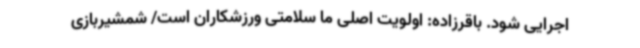
اجرایی شود. باقرزاده: اولویت اصلی ما سلامتی ورزشکاران است/ شمشیربازی